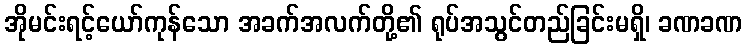
အိုမင်းရင့်ယော်ကုန်သော အခက်အလက်တို့၏ ရုပ်အသွင်တည်ခြင်းမရှိ၊ ခဏခဏ